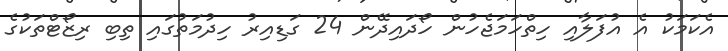
އެކަމަކު އެ އުފަލާއި ހިތްހަމަޖެހުން ހޯދައިދޭން 24 ގަޑިއިރު ހިދުމަތުގައި ތިބި ރިޒޯޓްތަކުގެ